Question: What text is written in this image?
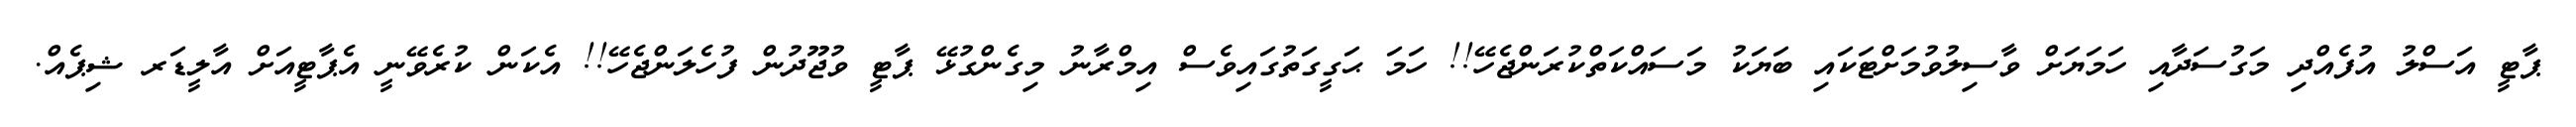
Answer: ޕާޓީ އަސްލު އުފެއްދި މަގުސަދާއި ހަމަޔަށް ވާސިލުވުމަށްޓަކައި ބަޔަކު މަސައްކަތްކުރަންޖެހޭ!! ހަމަ ޙަގީގަތުގައިވެސް އިމްރާނު މިގެންގުޅޭ ޕާޓީ ވުޖޫދުން ފުހެލަންޖެހޭ!! އެކަން ކުރެވޭނީ އެޕާޓީއަށް އާލީޑަރ ޝިޕެއް.